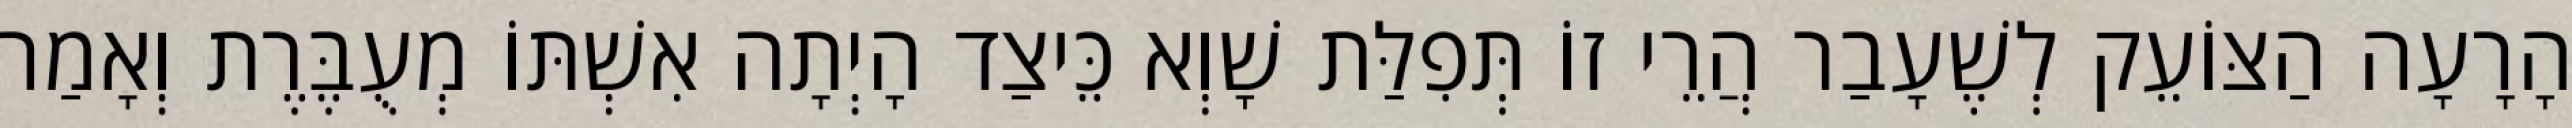
הָרָעָה הַצּוֹעֵק לְשֶׁעָבַר הֲרֵי זוֹ תְּפִלַּת שָׁוְא כֵּיצַד הָיְתָה אִשְׁתּוֹ מְעֻבֶּרֶת וְאָמַר